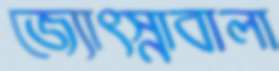
জ্যোৎস্নাবালা